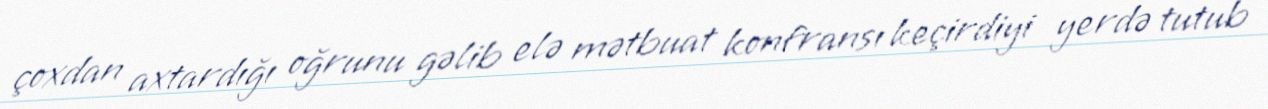
çoxdan axtardığı oğrunu gəlib elə mətbuat konfransı keçirdiyi yerdə tutub